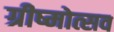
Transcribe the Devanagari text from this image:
ग्रीष्मोत्सव